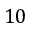
1 0